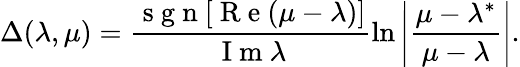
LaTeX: \Delta(\lambda,\mu)=\frac{\mathrm{~s~g~n~}[\mathrm{~R~e~}(\mu-\lambda)]}{\mathrm{~I~m~}\lambda}\ln\left|\frac{\mu-\lambda^{*}}{\mu-\lambda}\right|.